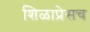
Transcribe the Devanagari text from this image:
शिळाप्रेसच